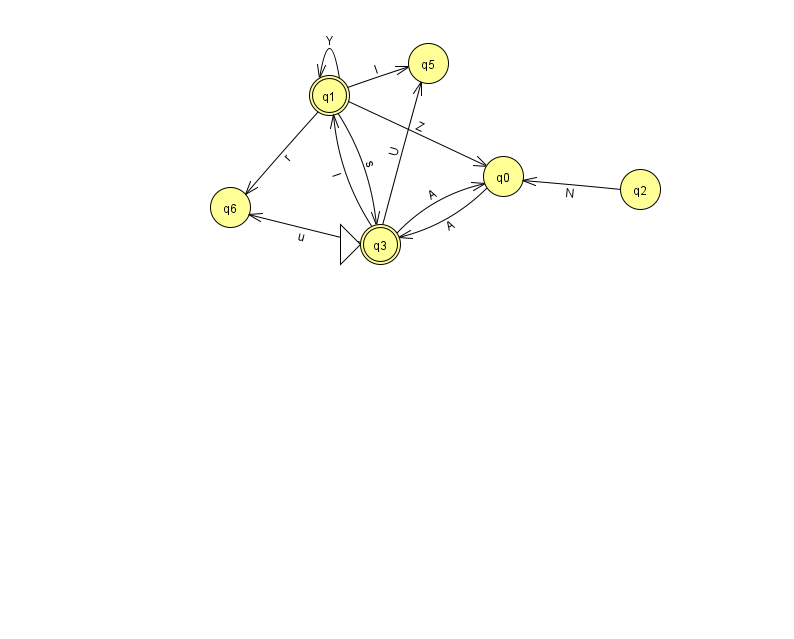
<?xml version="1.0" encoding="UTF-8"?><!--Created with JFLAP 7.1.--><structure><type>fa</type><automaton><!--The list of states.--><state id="0" name="q0"><x>503.0</x><y>163.0</y></state><state id="1" name="q1"><x>329.0</x><y>82.0</y><final/></state><state id="2" name="q2"><x>640.0</x><y>176.0</y></state><state id="3" name="q3"><x>380.0</x><y>231.0</y><initial/><final/></state><state id="5" name="q5"><x>428.0</x><y>50.0</y></state><state id="6" name="q6"><x>230.0</x><y>194.0</y></state><!--The list of transitions.--><transition><from>3</from><to>5</to><read>U</read></transition><transition><from>2</from><to>0</to><read>N</read></transition><transition><from>3</from><to>6</to><read>u</read></transition><transition><from>1</from><to>5</to><read>I</read></transition><transition><from>3</from><to>1</to><read>l</read></transition><transition><from>1</from><to>1</to><read>Y</read></transition><transition><from>1</from><to>3</to><read>s</read></transition><transition><from>1</from><to>0</to><read>Z</read></transition><transition><from>1</from><to>6</to><read>r</read></transition><transition><from>0</from><to>3</to><read>A</read></transition><transition><from>3</from><to>0</to><read>A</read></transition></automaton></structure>